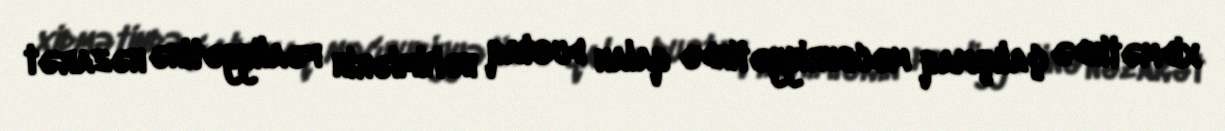
xidmətində çalışmaq məcburiyyətində qalan dustaq həkimlərin fəaliyyətinə nəzarət